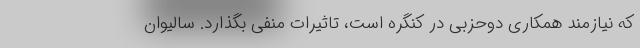
که نیازمند همکاری دوحزبی در کنگره است، تاثیرات منفی بگذارد. سالیوان